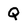
Character: Q